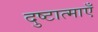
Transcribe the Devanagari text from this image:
दुष्टात्माएँ